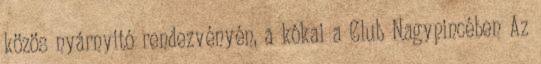
közös nyárnyitó rendezvényén, a kókai a Club Nagypincében Az